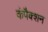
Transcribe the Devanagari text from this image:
कंपैक्शन